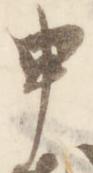
申